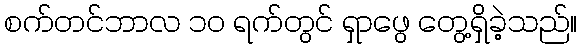
စက်တင်ဘာလ ၁၀ ရက်တွင် ရှာဖွေ တွေ့ရှိခဲ့သည်။